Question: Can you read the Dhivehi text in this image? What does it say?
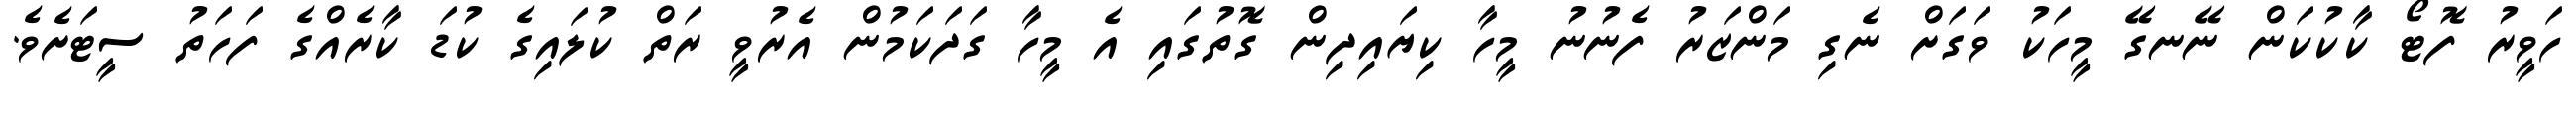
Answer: ހަވީރު ފޮޓޯ ކާކުކަން ނޭނގޭ މީހަކު ވަގަށް ނެގި މަންޒަރު ފެނުނު މީހާ ކިޔައިދިން ގޮތުގައި އެ މީހާ ގަދަކަމުން އެރުވީ ރަތް ކުލައިގެ ކުޑަ ކާރެއްގެ ފަހަތު ސީޓަށެވެ.